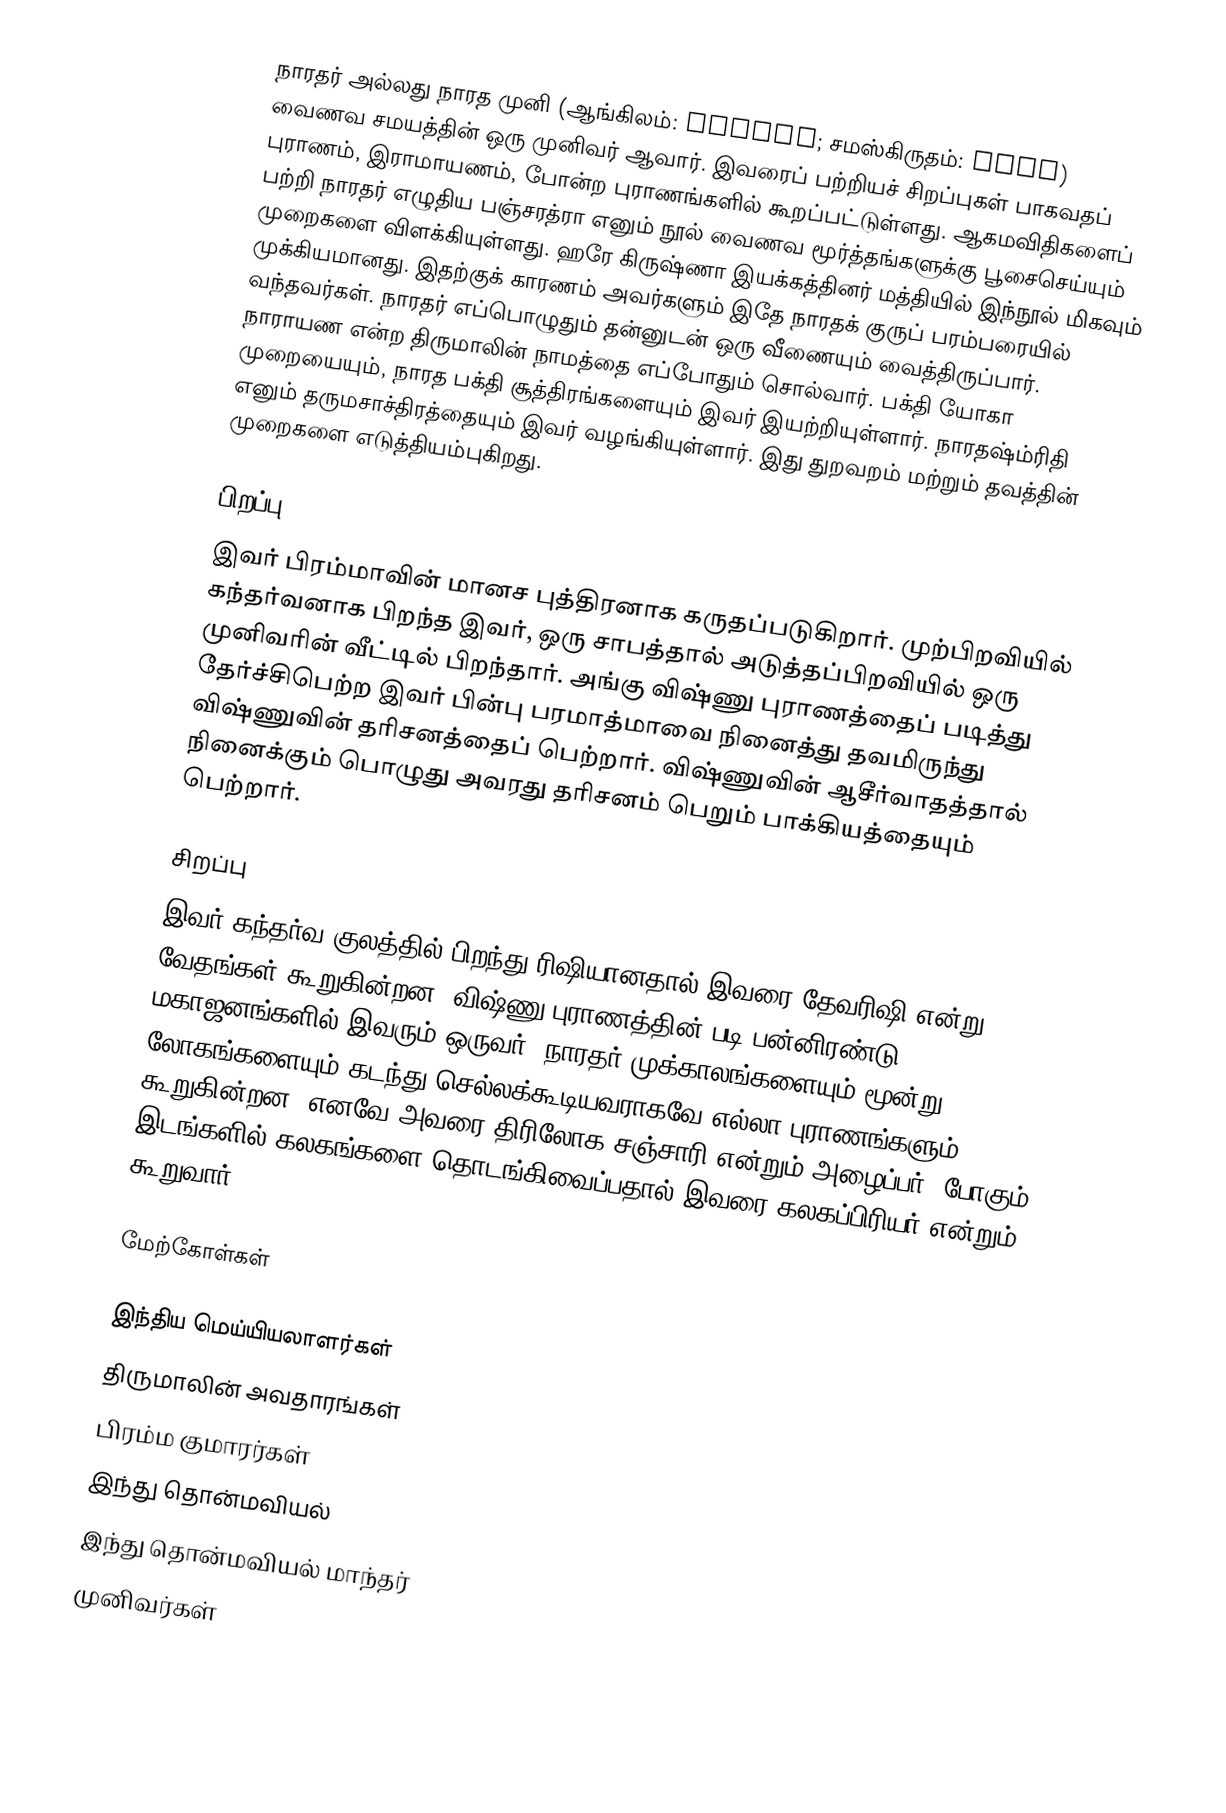
நாரதர் அல்லது நாரத முனி (ஆங்கிலம்: Narada; சமஸ்கிருதம்: नारद) வைணவ சமயத்தின் ஒரு முனிவர் ஆவார். இவரைப் பற்றியச் சிறப்புகள் பாகவதப் புராணம், இராமாயணம், போன்ற புராணங்களில் கூறப்பட்டுள்ளது. ஆகமவிதிகளைப் பற்றி நாரதர் எழுதிய பஞ்சரத்ரா எனும் நூல் வைணவ மூர்த்தங்களுக்கு பூசைசெய்யும் முறைகளை விளக்கியுள்ளது. ஹரே கிருஷ்ணா இயக்கத்தினர் மத்தியில் இந்நூல் மிகவும் முக்கியமானது. இதற்குக் காரணம் அவர்களும் இதே நாரதக் குருப் பரம்பரையில் வந்தவர்கள். நாரதர் எப்பொழுதும் தன்னுடன் ஒரு வீணையும் வைத்திருப்பார். நாராயண என்ற திருமாலின் நாமத்தை எப்போதும் சொல்வார். பக்தி யோகா முறையையும், நாரத பக்தி சூத்திரங்களையும் இவர் இயற்றியுள்ளார். நாரதஷ்ம்ரிதி எனும் தருமசாச்திரத்தையும் இவர் வழங்கியுள்ளார். இது துறவறம் மற்றும் தவத்தின் முறைகளை எடுத்தியம்புகிறது.

பிறப்பு
இவர் பிரம்மாவின் மானச புத்திரனாக கருதப்படுகிறார். முற்பிறவியில் கந்தர்வனாக பிறந்த இவர், ஒரு சாபத்தால் அடுத்தப்பிறவியில் ஒரு முனிவரின் வீட்டில் பிறந்தார். அங்கு விஷ்ணு புராணத்தைப் படித்து தேர்ச்சிபெற்ற இவர் பின்பு பரமாத்மாவை நினைத்து தவமிருந்து விஷ்ணுவின் தரிசனத்தைப் பெற்றார். விஷ்ணுவின் ஆசீர்வாதத்தால் நினைக்கும் பொழுது அவரது தரிசனம் பெறும் பாக்கியத்தையும் பெற்றார்.

சிறப்பு
இவர் கந்தர்வ குலத்தில் பிறந்து ரிஷியானதால் இவரை தேவரிஷி என்று வேதங்கள் கூறுகின்றன. விஷ்ணு புராணத்தின் படி பன்னிரண்டு மகாஜனங்களில் இவரும் ஒருவர். நாரதர் முக்காலங்களையும் மூன்று லோகங்களையும் கடந்து செல்லக்கூடியவராகவே எல்லா புராணங்களும் கூறுகின்றன. எனவே அவரை திரிலோக சஞ்சாரி என்றும் அழைப்பர். போகும் இடங்களில் கலகங்களை தொடங்கிவைப்பதால் இவரை கலகப்பிரியர் என்றும் கூறுவார்.

மேற்கோள்கள்

இந்திய மெய்யியலாளர்கள்
திருமாலின் அவதாரங்கள்
பிரம்ம குமாரர்கள்
இந்து தொன்மவியல்
இந்து தொன்மவியல் மாந்தர்
முனிவர்கள்